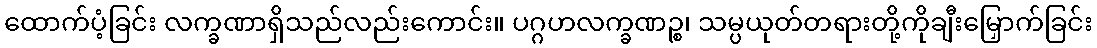
ထောက်ပံ့ခြင်း လက္ခဏာရှိသည်လည်းကောင်း။ ပဂ္ဂဟလက္ခဏဉ္စ၊ သမ္ပယုတ်တရားတို့ကိုချီးမြှောက်ခြင်း